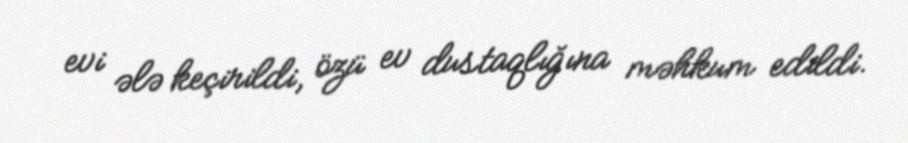
evi ələ keçirildi, özü ev dustaqlığına məhkum edildi.